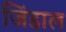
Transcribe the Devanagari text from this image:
जिंडाल